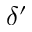
\delta ^ { \prime }